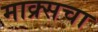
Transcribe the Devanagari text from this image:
माक्र्सचा